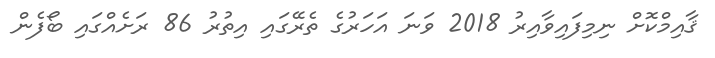
ޤާއިމްކޮށް ނިމިފައިވާއިރު 2018 ވަނަ އަހަރުގެ ތެރޭގައި އިތުރު 86 ރަށެއްގައި ބޯފެން